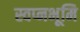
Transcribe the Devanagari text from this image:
स्वप्नभूमि